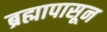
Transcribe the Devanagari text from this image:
ब्रह्मापासून